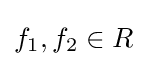
f_{1},f_{2}\in R